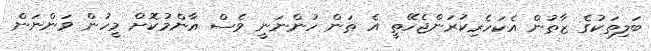
ބަލިތަކުގެ ޒާތުން އެކަހެރިކުރަންޖެހޭތީ އެ ތަން ހުންނަނީ ވެސް އާންމުކޮށް މީހުން ވަންނަން